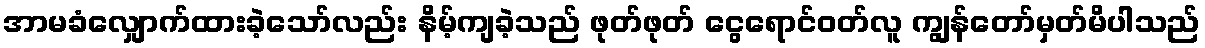
အာမခံလျှောက်ထားခဲ့သော်လည်း နိမ့်ကျခဲ့သည် ဖုတ်ဖုတ် ငွေရောင်ဝတ်လူ ကျွန်တော်မှတ်မိပါသည်